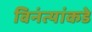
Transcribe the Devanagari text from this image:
विनंत्यांकडे